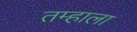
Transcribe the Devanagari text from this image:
तम्हाला